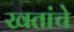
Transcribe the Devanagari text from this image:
खतांचे